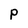
Character: P